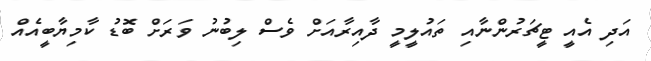
އަދި އެއީ ޓީޗަރުންނާއި ތައުލީމީ ދާއިރާއަށް ވެސް ލިބުނު ވަރަށް ބޮޑު ކާމިޔާބީއެއް